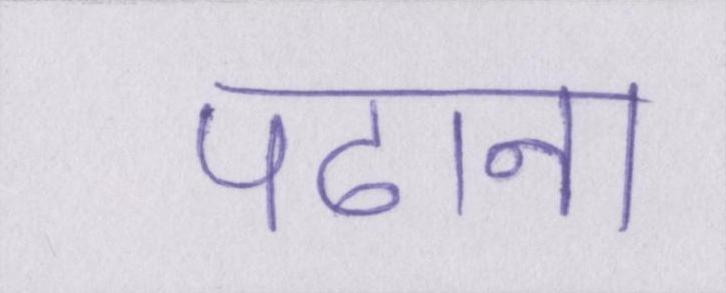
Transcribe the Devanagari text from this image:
पढाना